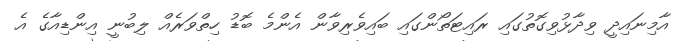
އާމިނައިދީ ވިދާޅުވިގޮތުގައި ރައިޓަތޯންގައި ބައިވެރިވާން އެންމެ ބޮޑު ހިތްވަރެއް ލިބުނީ އިންޑިއާގެ އެ